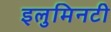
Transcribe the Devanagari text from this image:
इलुमिनटी